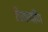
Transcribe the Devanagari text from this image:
चितापणि